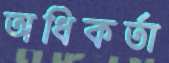
অধিকর্তা